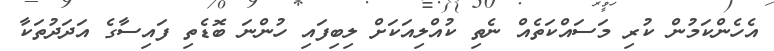
އެހެންކަމުން ކުރި މަސައްކަތެއް ނެތި ކުއްލިއަކަށް ލިބިފައި ހުންނަ ބޮޑެތި ފައިސާގެ އަދަދުތަކާ